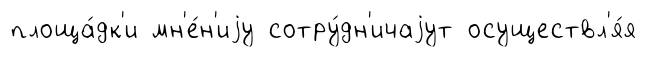
площа́дк'и мн'е́н'иjу сотру́дн'ичаjут осуществл'я́я